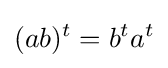
(ab)^{t}=b^{t}a^{t}